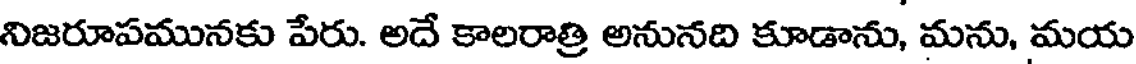
నిజరూపమునకు పేరు. అదే కాలరాత్రి అనునది కూడాను, మను, మయ